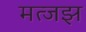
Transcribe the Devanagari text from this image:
मत्जझ